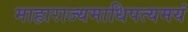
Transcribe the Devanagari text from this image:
माहाराज्यमाधिपत्यमयं